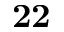
\mathbf { 2 2 }